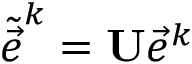
\tilde { \vec { e } } ^ { k } = \mathbf { U } \vec { e } ^ { k }